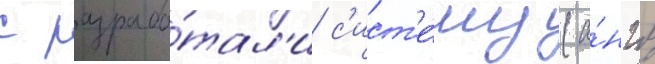
с разрабо́тал'и с'ист'е́му (а́нгл